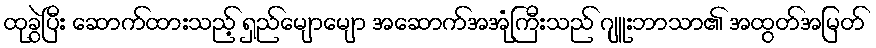
ထုခွဲပြီး ဆောက်ထားသည့် ရှည်မျောမျော အဆောက်အအုံကြီးသည် ဂျူးဘာသာ၏ အထွတ်အမြတ်